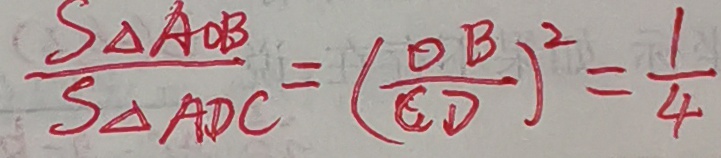
\frac { S _ { \Delta } A O B } { S _ { \Delta A D C } } = ( \frac { O B } { C D } ) ^ { 2 } = \frac { 1 } { 4 }